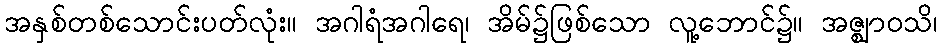
အနှစ်တစ်သောင်းပတ်လုံး။ အဂါရံအဂါရေ၊ အိမ်၌ဖြစ်သော လူ့ဘောင်၌။ အဇ္ဈာဝသိ၊